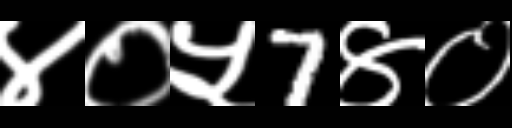
Text: ४०५7४०